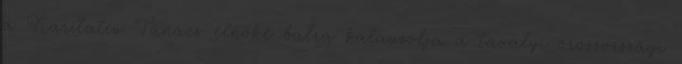
a Karitatív Tanács elnöke balra kalauzolja a tavalyi oroszországi